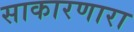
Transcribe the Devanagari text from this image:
साकारणारा